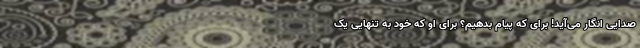
صدایی انگار می‌آید! برای که پیام بدهیم؟ برای او که خود به تنهایی یک